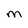
Character: M